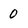
Character: 0